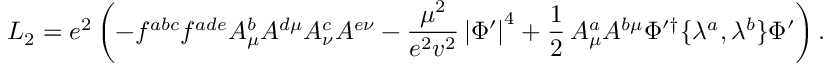
{ \cal L } _ { 2 } = e ^ { 2 } \left( - f ^ { a b c } f ^ { a d e } A _ { \mu } ^ { b } A ^ { d \mu } A _ { \nu } ^ { c } A ^ { e \nu } - \frac { \mu ^ { 2 } } { e ^ { 2 } v ^ { 2 } } \left| \Phi ^ { \prime } \right| ^ { 4 } + \frac { 1 } { 2 } \, A _ { \mu } ^ { a } A ^ { b \mu } \Phi ^ { \prime \dagger } \{ \lambda ^ { a } , \lambda ^ { b } \} \Phi ^ { \prime } \right) .